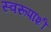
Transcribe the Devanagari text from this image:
स्वरूपाशी